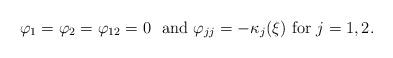
LaTeX: \begin{align*}\varphi_1= \varphi_2= \varphi_{12}= 0\ \mbox{ and } \varphi_{jj}= -\kappa_j(\xi)\mbox{ for } j = 1, 2.\end{align*}